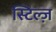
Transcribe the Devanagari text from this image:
स्टिल्ज़